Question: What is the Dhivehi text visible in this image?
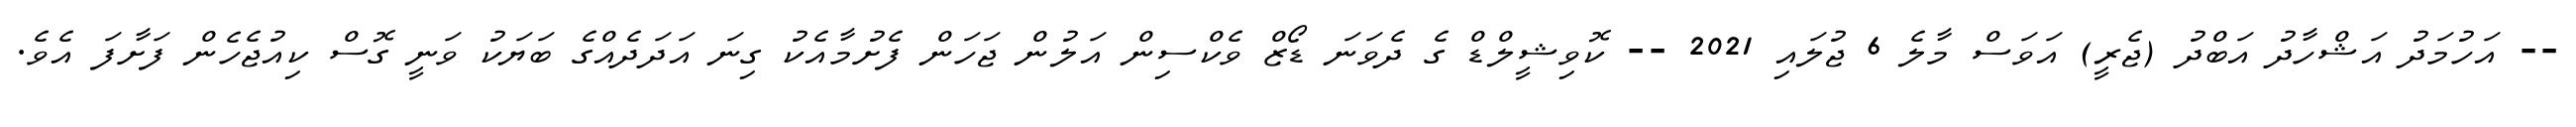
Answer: -- އަހުމަދު އަޝްހާދު އަބްދު (ޖެރީ) އަވަސް މާލެ 6 ޖުލައި 2021 -- ކޮވިޝީލްޑް ގެ ދެވަނަ ޑޯޒް ވެކްސިން އަލުން ޖަހަން ފެށުމާއެކު ގިނަ އަދަދެއްގެ ބަޔަކު ވަނީ ގޮސް ކިއުޖެހެން ފަށާފަ އެވެ.